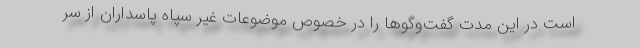
است در این مدت گفت‌وگوها را در خصوص موضوعات غیر سپاه پاسداران از سر